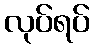
လုပ်ရပ်